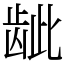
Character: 龇